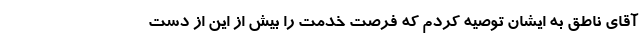
آقای ناطق به ایشان توصیه کردم که فرصت خدمت را بیش ‌از ‌این از دست